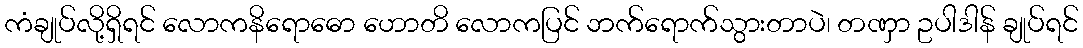
ကံချုပ်လို့ရှိရင် လောကနိရောဓော ဟောတိ လောကပြင် ဘက်ရောက်သွားတာပဲ၊ တဏှာ ဥပါဒါန် ချုပ်ရင်